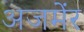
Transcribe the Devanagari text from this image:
अजमेंर